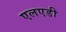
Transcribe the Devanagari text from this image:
एलएडी